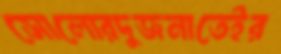
সোলোরদুজনাতেইর